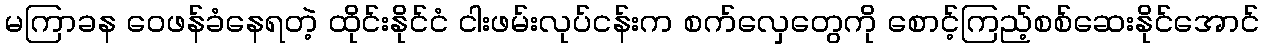
မကြာခန ဝေဖန်ခံနေရတဲ့ ထိုင်းနိုင်ငံ ငါးဖမ်းလုပ်ငန်းက စက်လှေတွေကို စောင့်ကြည့်စစ်ဆေးနိုင်အောင်